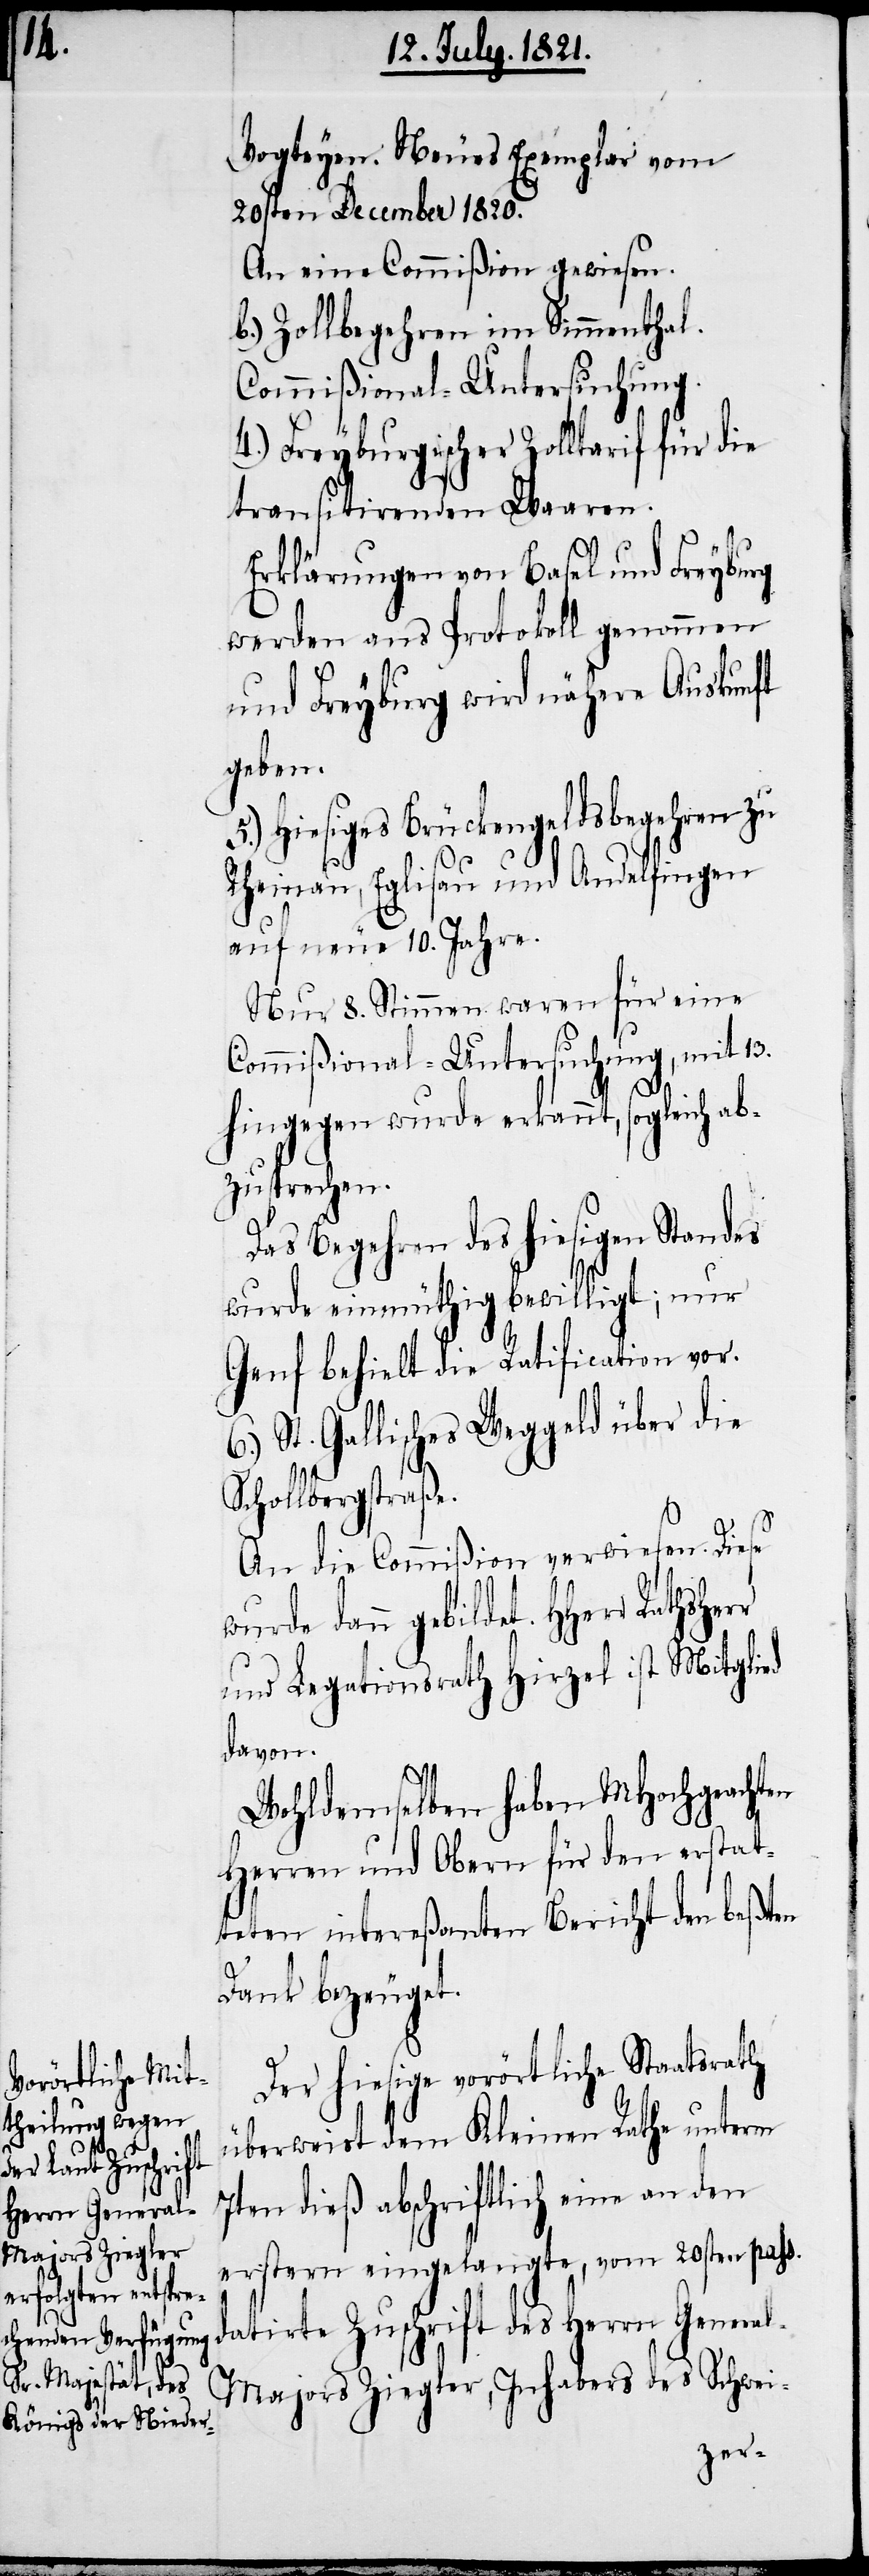
s.

Vogteyen. Neues Exemplar vom
20sten December 1820.
An eine Commißion gewiesen.
b.) Zollbegehren im Simmenthal.
Commißional-Untersuchung.
4.) Freyburgischer Zolltarif für die
transitirenden Waaren.
Erklärungen von Basel und Freyburg
werden ans Protokoll genommen
und Freyburg wird nähere Auskunft
geben.
Hiesiges Brückengeldsbegehren zu
Rheinau, Eglisau und Andelfingen
auf neue 10. Jahre.
Nur 8. Stimmen waren für eine
Commißional-Untersuchung, mit 13.
hingegen wurde erkannt, sogleich ab¬
zusprechen.
Das Begehren des hiesigen Standes
wurde einmüthig bewilligt; nur
Genf behielt die Ratification vor.
6.) St. Gallisches Weggeld über die
Schollbergstraße.
An die Commißion verwiesen. Diese
wurde dann gebildet. HHerr
und Legationsrath Hirzel ist Mitglied
davon.
Wohldemselben haben MHochgeachten
Herren und Obern für den erstat¬
teten intereßanten Bericht den beßten
Dank bezeuget.
Der hiesige vorörtliche Staatsrath
überweist dem Kleinen Rathe unterm
7ten dieß abschriftlich eine an den
erstern eingelangte, vom 20sten pas¬
datirte Zuschrift des Herrn Genera¬
l-Majors Ziegler, Inhabers des Schwei-